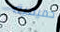
حميمية